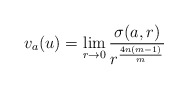
\begin{align*}v_a(u)=\lim_{r\to0} {\frac{\sigma(a,r)}{{r}^{\frac{4n(m-1)}{m}}}}\end{align*}